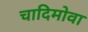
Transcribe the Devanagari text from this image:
चादिमोवा